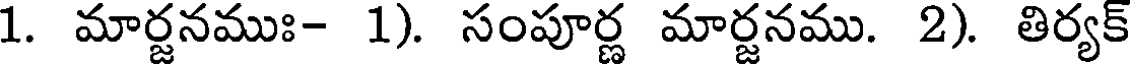
1. మార్జనముః- 1). సంపూర్ణ మార్జనము. 2). తిర్యక్